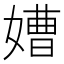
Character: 㜖